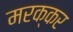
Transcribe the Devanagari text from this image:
मरक्कर